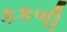
કકળી